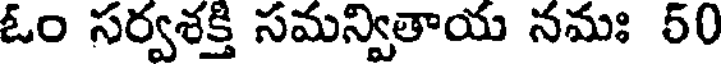
ఓం సర్వశక్తి సమన్వితాయ నమః 50